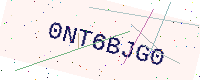
Text: 0NT6BJG0